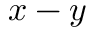
x - y